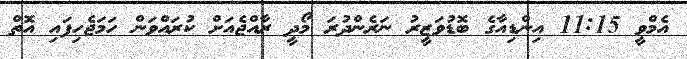
އެމްވީ 11:15 އިންޑިއާގެ ބޮޑުވަޒީރު ނަރެންދުރަ މޯދީ ރާއްޖެއަށް ކުރައްވަން ހަމަޖެހިފައި އޮތް